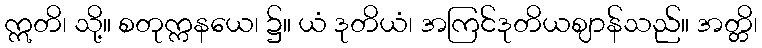
ဣတိ၊ သို့။ စတုက္ကနယေ၊ ၌။ ယံ ဒုတိယံ၊ အကြင်ဒုတိယဈာန်သည်။ အတ္တိ၊